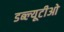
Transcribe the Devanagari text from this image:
डब्‍ल्‍यूटीओ